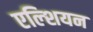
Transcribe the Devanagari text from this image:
एल्शियन